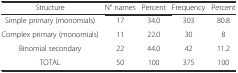
<table><thead><tr><td><b>Structure</b></td><td><b>N° names</b></td><td><b>Percent</b></td><td><b>Frequency</b></td><td><b>Percent</b></td></tr></thead><tbody><tr><td>Simple primary (monomials)</td><td>17</td><td>34.0</td><td>303</td><td>80.8</td></tr><tr><td>Complex primary (monomials)</td><td>11</td><td>22.0</td><td>30</td><td>8</td></tr><tr><td>Binomial secondary</td><td>22</td><td>44.0</td><td>42</td><td>11.2</td></tr><tr><td>TOTAL</td><td>50</td><td>100</td><td>375</td><td>100</td></tr></tbody></table>